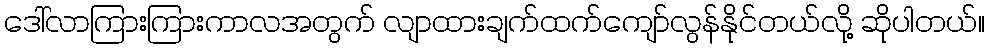
ဒေါ်လာကြားကြားကာလအတွက် လျာထားချက်ထက်ကျော်လွန်နိုင်တယ်လို့ ဆိုပါတယ်။